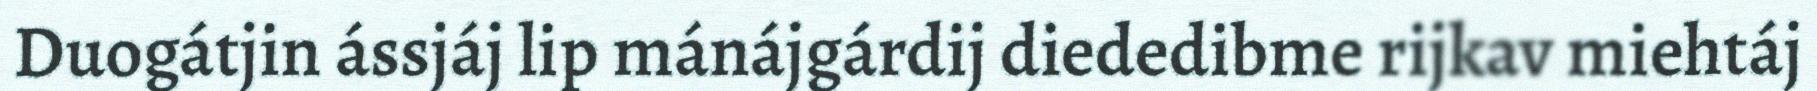
Duogátjin ássjáj lip mánájgárdij diededibme rijkav miehtáj